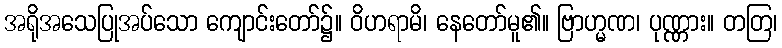
အရိုအသေပြုအပ်သော ကျောင်းတော်၌။ ဝိဟရာမိ၊ နေတော်မူ၏။ ဗြာဟ္မဏ၊ ပုဏ္ဏား။ တတြ၊